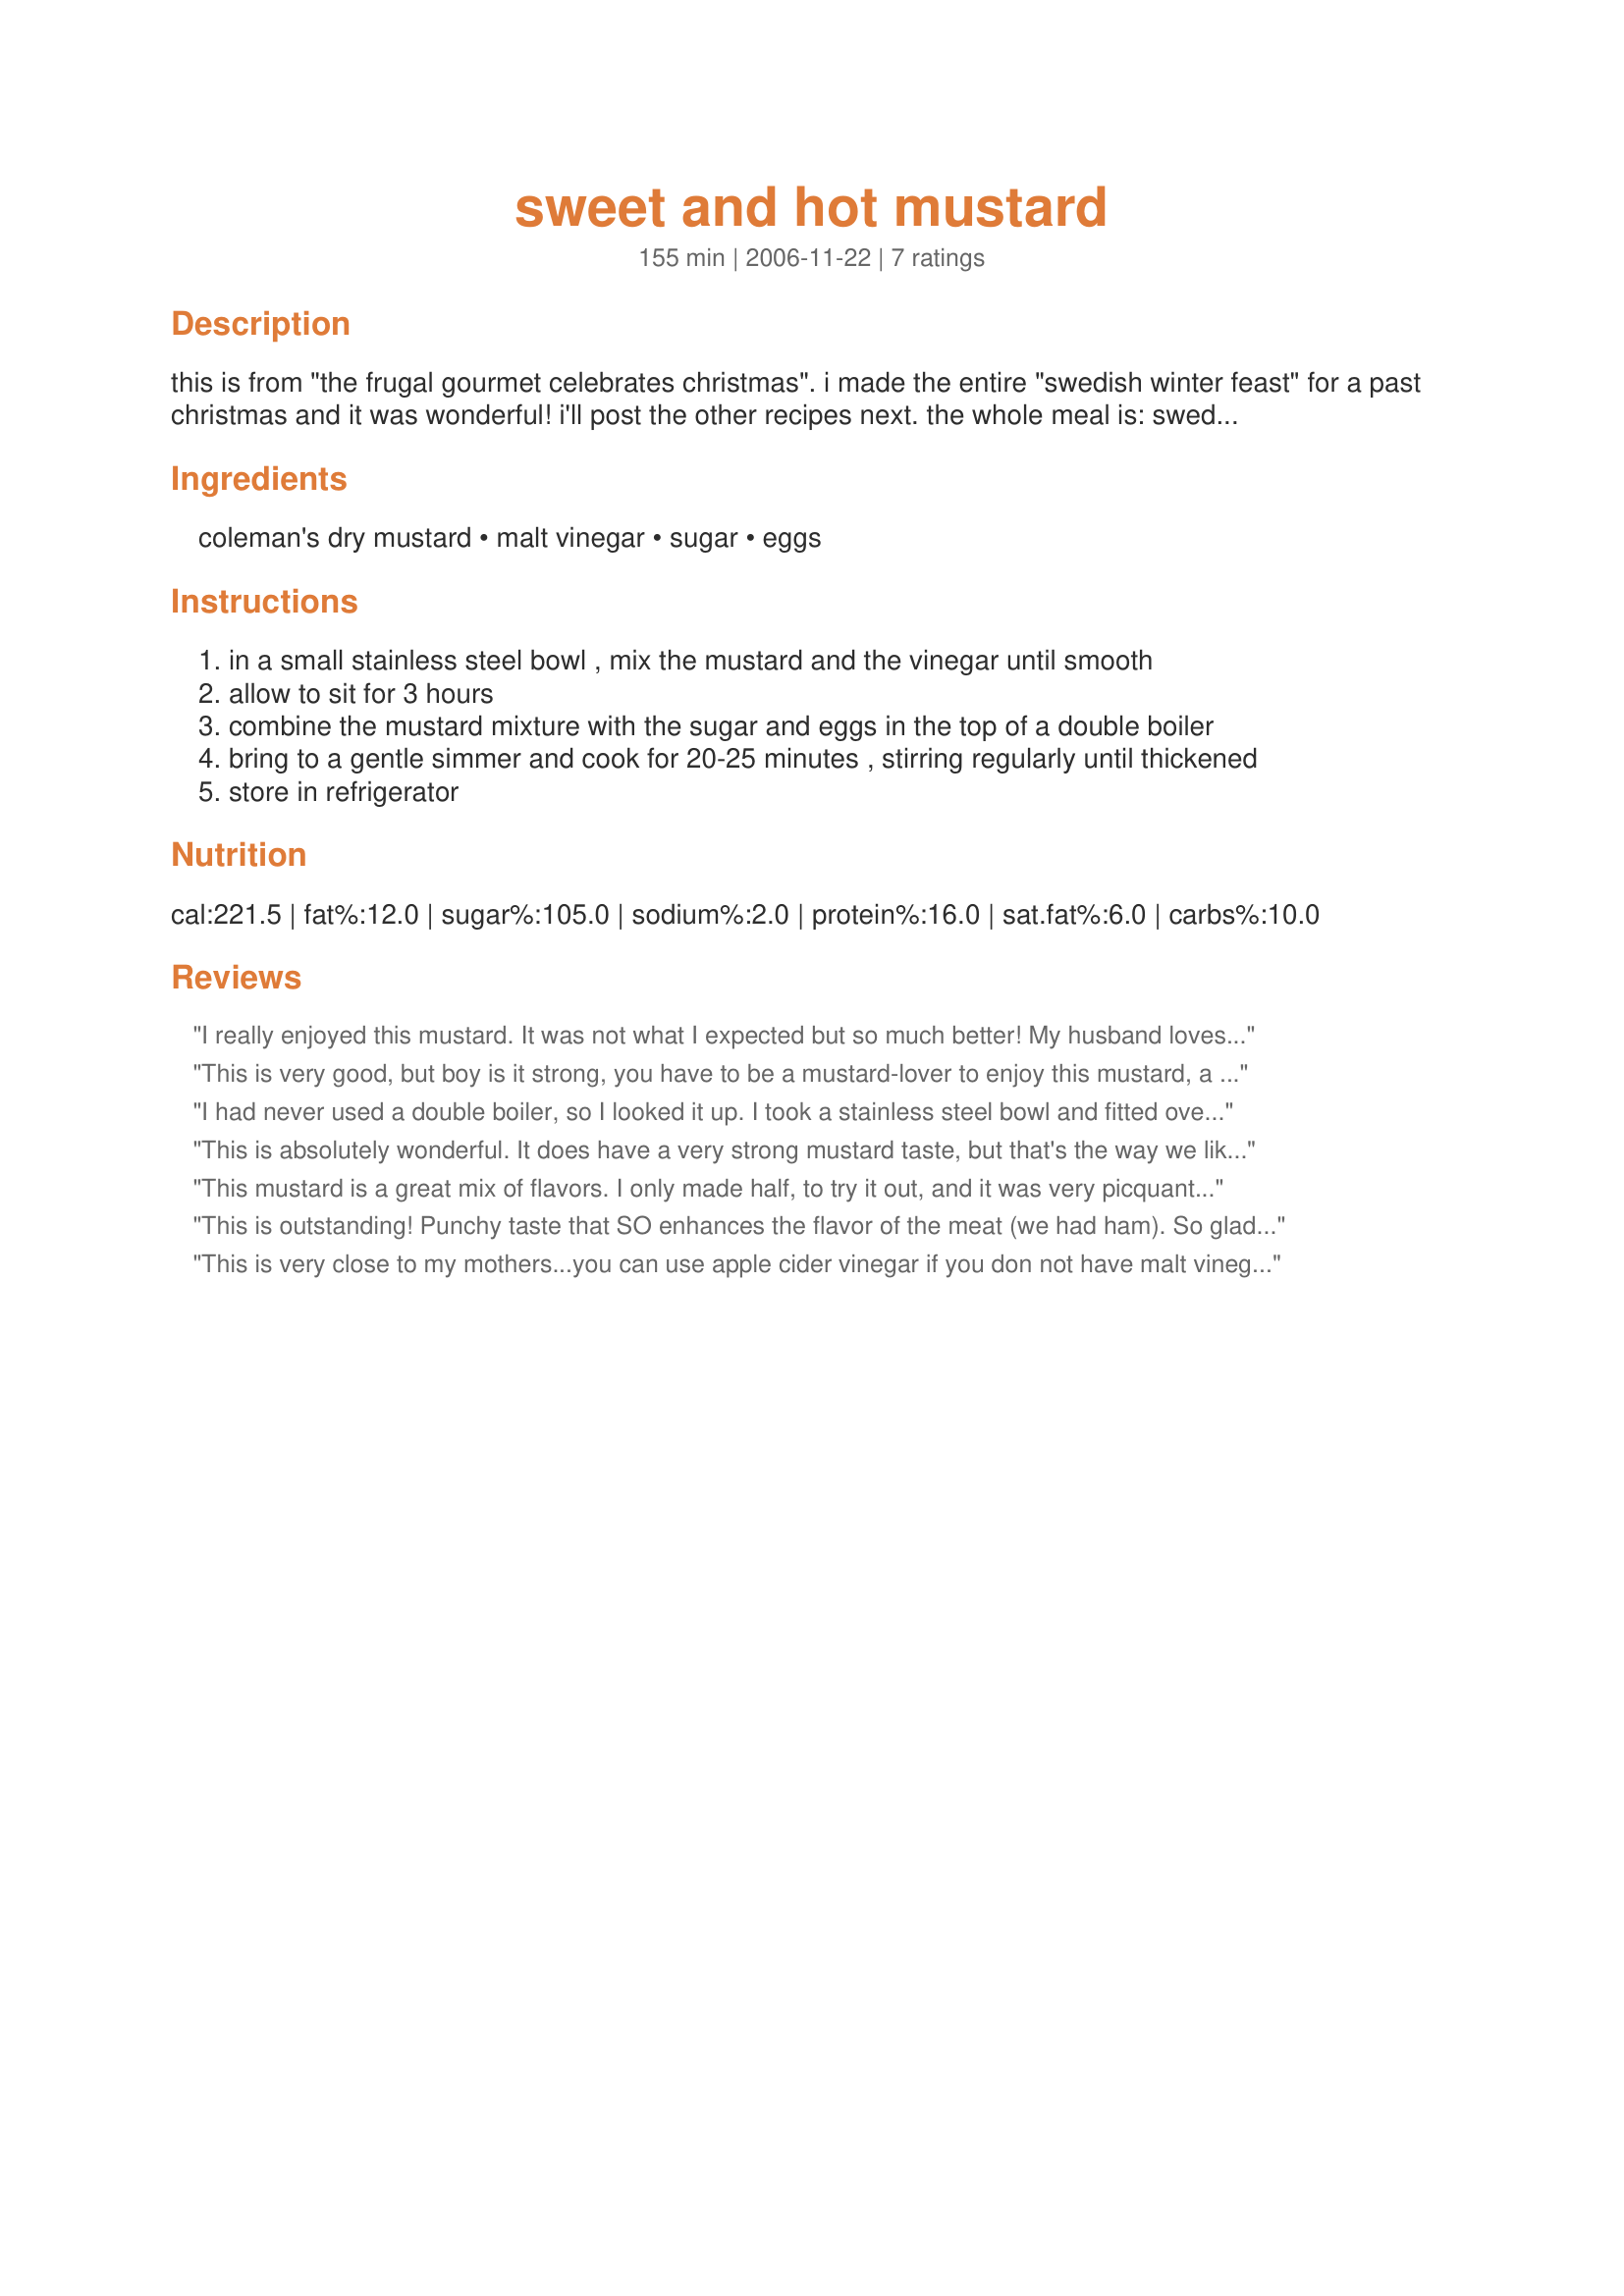
sweet and hot mustard
Preparation time: 155 minutes

this is from "the frugal gourmet celebrates christmas". i made the entire "swedish winter feast" for a past christmas and it was wonderful! i'll post the other recipes next. the whole meal is: swedish corned pork roast, swedish sauerkraut, swedish green split peas with bacon, mashed rutabaga, turnip, and potato & sweet and hot mustard, served with rye bread. i expected not to like anything and ended up loving everything! this is an excellent mustard. it will keep for a week refrigerated.

Ingredients:
coleman's dry mustard, malt vinegar, sugar, eggs

Steps:
in a small stainless steel bowl , mix the mustard and the vinegar until smooth
allow to sit for 3 hours
combine the mustard mixture with the sugar and eggs in the top of a double boiler
bring to a gentle simmer and cook for 20-25 minutes , stirring regularly until thickened
store in refrigerator

Reviews:
I really enjoyed this mustard. It was not what I expected but so much better! My husband loves mustard and this was a nice surprise for him!

Thanks for the interesting recipe! We will make this again!

MADE FOR ZWT4
This is very good, but boy is it strong, you have to be a mustard-lover to enjoy this mustard, a little goes a very long way lol!thanks for sharing Engrossed!...Kitten:)
I had never used a double boiler, so I looked it up. I took a stainless steel bowl and fitted over a bowl of simmering water. I kept a close eye on it so the eggs wouldn't scramble, and stirred until it was the right consistency. Hope that helps any newbies like me! Also, this is the most delicious mustard I have ever tasted! I have only tried this on cheese sandwiches, but it would make a great sauce for chicken nuggets.
This is absolutely wonderful. It does have a very strong mustard taste, but that's the way we like it. Perfect combination of vinegar and sugar mix. Served this as a dipping sauce for recipe #173923. Can't wait to try this with ham. Thanks Engrossed.
This mustard is a great mix of flavors. I only made half, to try it out, and it was very picquant. I plan to use this for my holiday gift baskets, and will always have some on hand when serving baked ham. Try this one...
This is outstanding! Punchy taste that SO enhances the flavor of the meat (we had ham). So glad I came across this recipe, as I am usually SO disappointed in the way my hams turn out, but this came galloping in and RESCUED me from ham-oblivion! Thank you, thank you, thank you!
This is very close to my mothers...you can use apple cider vinegar if you don not have malt vinegar. It is easily halved as well. I love this mustard and thanks to tag I was reminded how much! It is perfect with ham, thanks for posting this great recipe!!!
